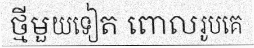
ថ្មីមួយទៀត ពោលរូបគេ